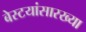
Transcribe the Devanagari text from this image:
बेस्टयांसारख्या